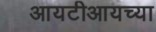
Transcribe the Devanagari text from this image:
आयटीआयच्या